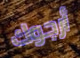
أرجوك